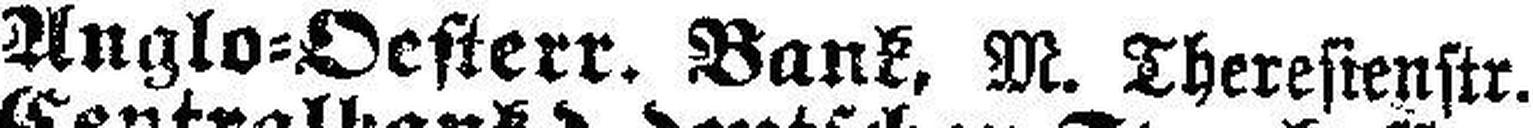
Anglo=Oesterr. Bank, M. Theresienstr.